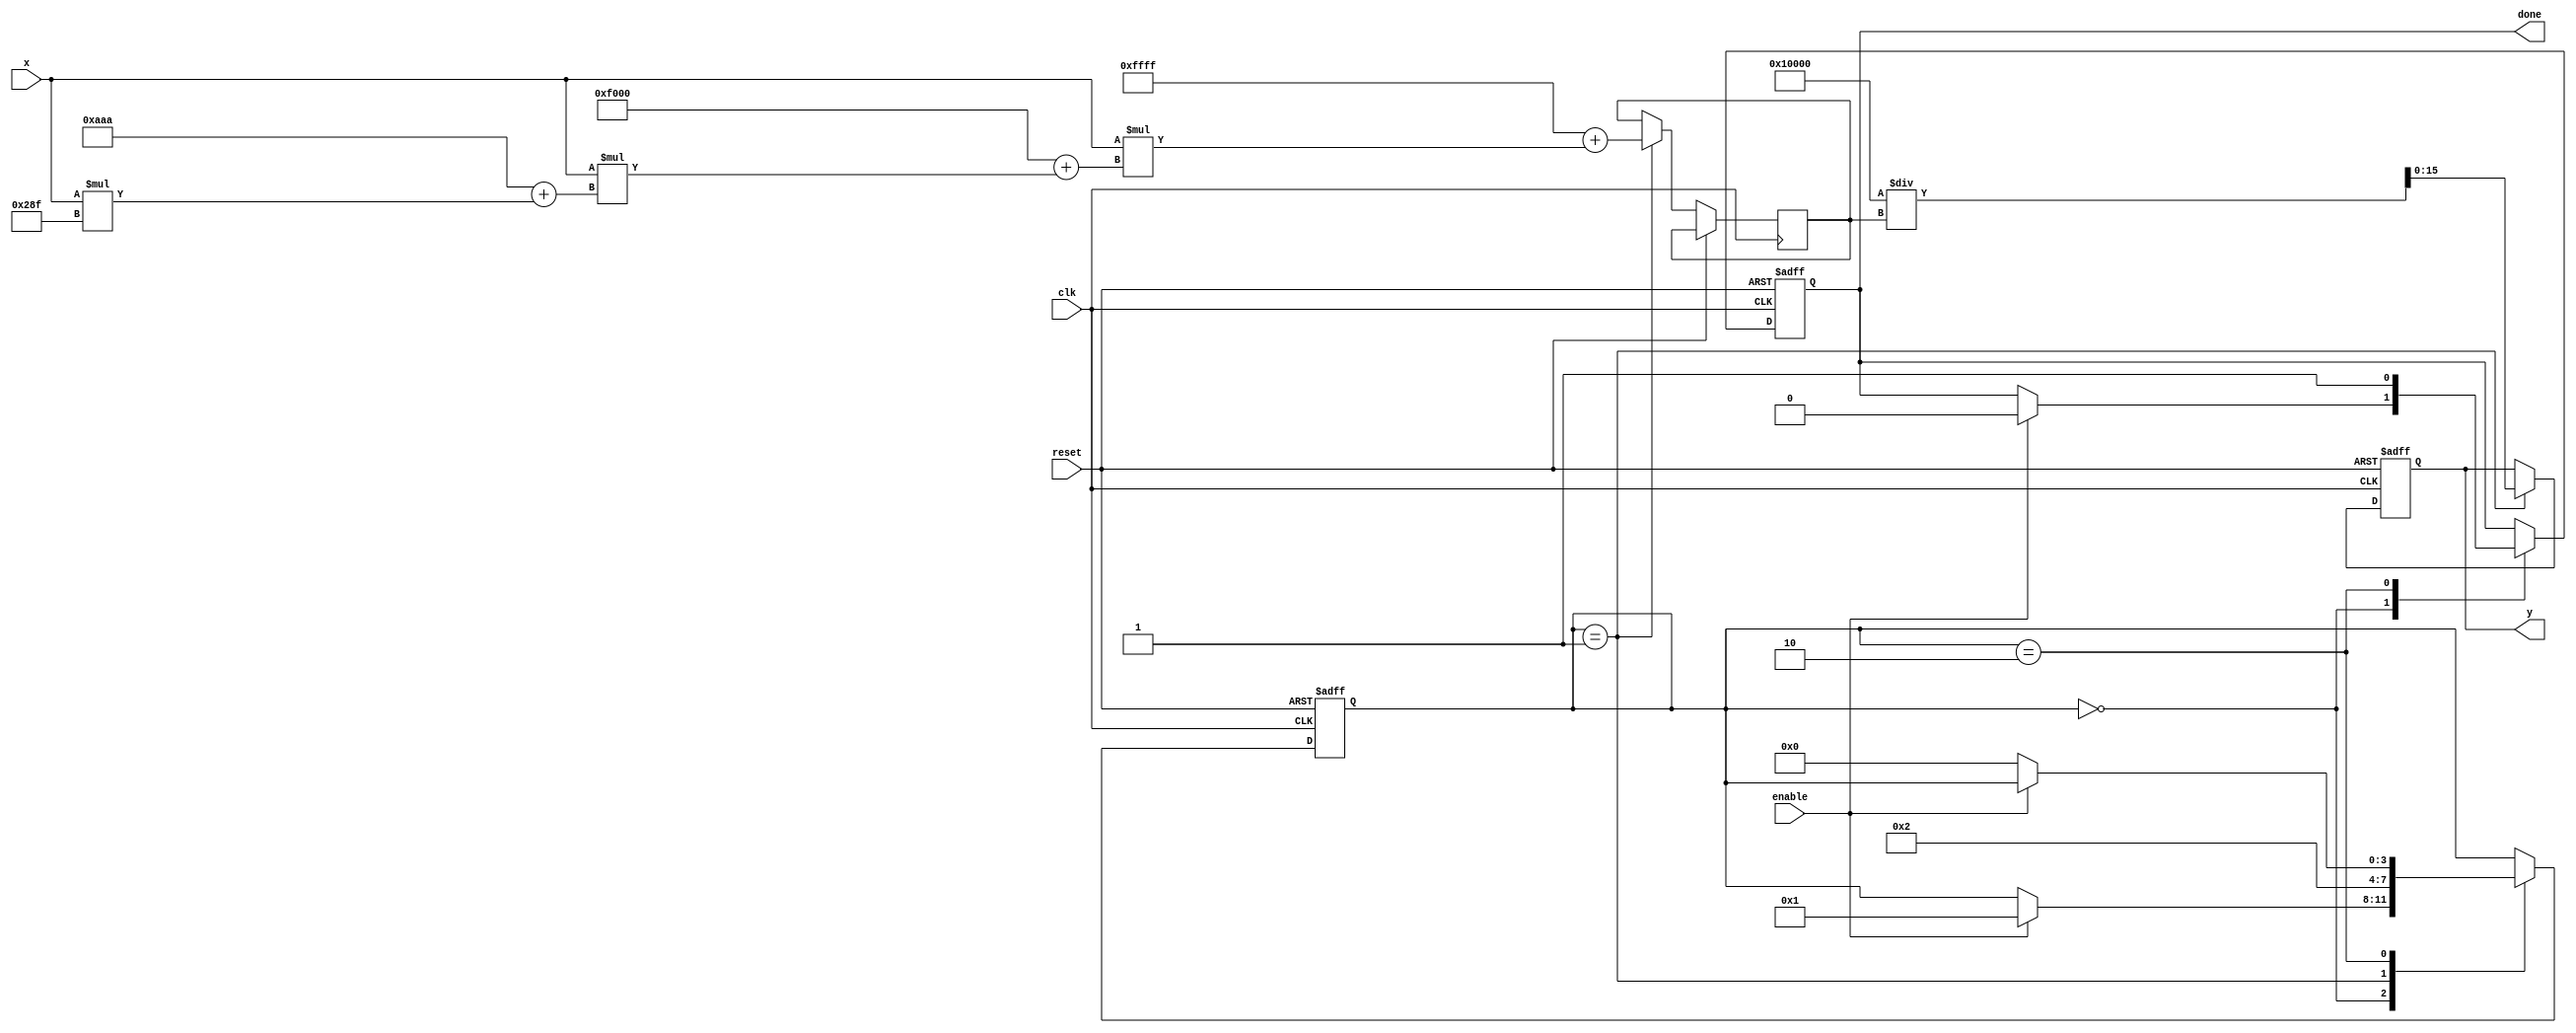
module poly_reciprocal #(
    parameter DATA_WIDTH = 16,  // Width of the input/output data
    parameter COEFF_WIDTH = 16   // Width of the coefficients
)(
    input wire clk,
    input wire reset,
    input wire enable,
    input wire [DATA_WIDTH-1:0] x, // Input value (0 < x < 1)
    output reg [DATA_WIDTH-1:0] y,  // Output reciprocal (y = 1 / x)
    output reg done                  // Signal indicating completion
);

// Polynomial coefficients for approximation (example values)
localparam [COEFF_WIDTH-1:0] C0 = 16'hFFFF; // Adjust these values as needed
localparam [COEFF_WIDTH-1:0] C1 = 16'hF000;
localparam [COEFF_WIDTH-1:0] C2 = 16'h0AAA;
localparam [COEFF_WIDTH-1:0] C3 = 16'h028F; // Example coefficients

// Internal registers
reg [DATA_WIDTH-1:0] poly_result;
reg [DATA_WIDTH-1:0] x_squared;
reg [3:0] state; // State variable for control logic
localparam IDLE = 0, COMPUTE = 1, DONE = 2;

// Polynomial evaluation function
function [DATA_WIDTH-1:0] polynomial_eval(input [DATA_WIDTH-1:0] x);
    begin
        // Horner's method for polynomial evaluation: P(x) = C0 + x*(C1 + x*(C2 + x*C3))
        polynomial_eval = C0 + x * (C1 + x * (C2 + x * C3));
    end
endfunction

// State machine for control logic
always @(posedge clk or posedge reset) begin
    if (reset) begin
        state <= IDLE;
        y <= 0;
        done <= 0;
    end else begin
        case(state)
            IDLE: begin
                if (enable) begin
                    state <= COMPUTE;
                    done <= 0;
                end
            end
            COMPUTE: begin
                // Compute the polynomial approximation
                poly_result <= polynomial_eval(x);
                // Scale the result to get the final reciprocal
                y <= (1 << DATA_WIDTH) / poly_result; // Assuming y = (2^DATA_WIDTH) / P(x) for scaling
                state <= DONE;
            end
            DONE: begin
                done <= 1; // Signal that computation is done
                if (!enable) begin
                    state <= IDLE; // Return to idle when disabled
                end
            end
        endcase
    end
end

endmodule